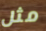
مثل